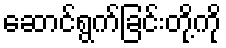
ဆောင်ရွက်ခြင်းတို့ကို